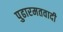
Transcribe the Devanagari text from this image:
पुढारमतवादी